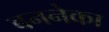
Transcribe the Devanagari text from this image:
बननेका